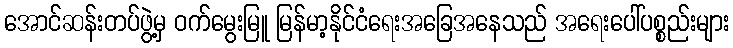
အောင်ဆန်းတပ်ဖွဲ့မှ ဝက်မွေးမြူ မြန်မာ့နိုင်ငံရေးအခြေအနေသည် အရေးပေါ်ပစ္စည်းများ